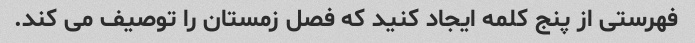
فهرستی از پنج کلمه ایجاد کنید که فصل زمستان را توصیف می کند.